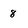
Character: 8